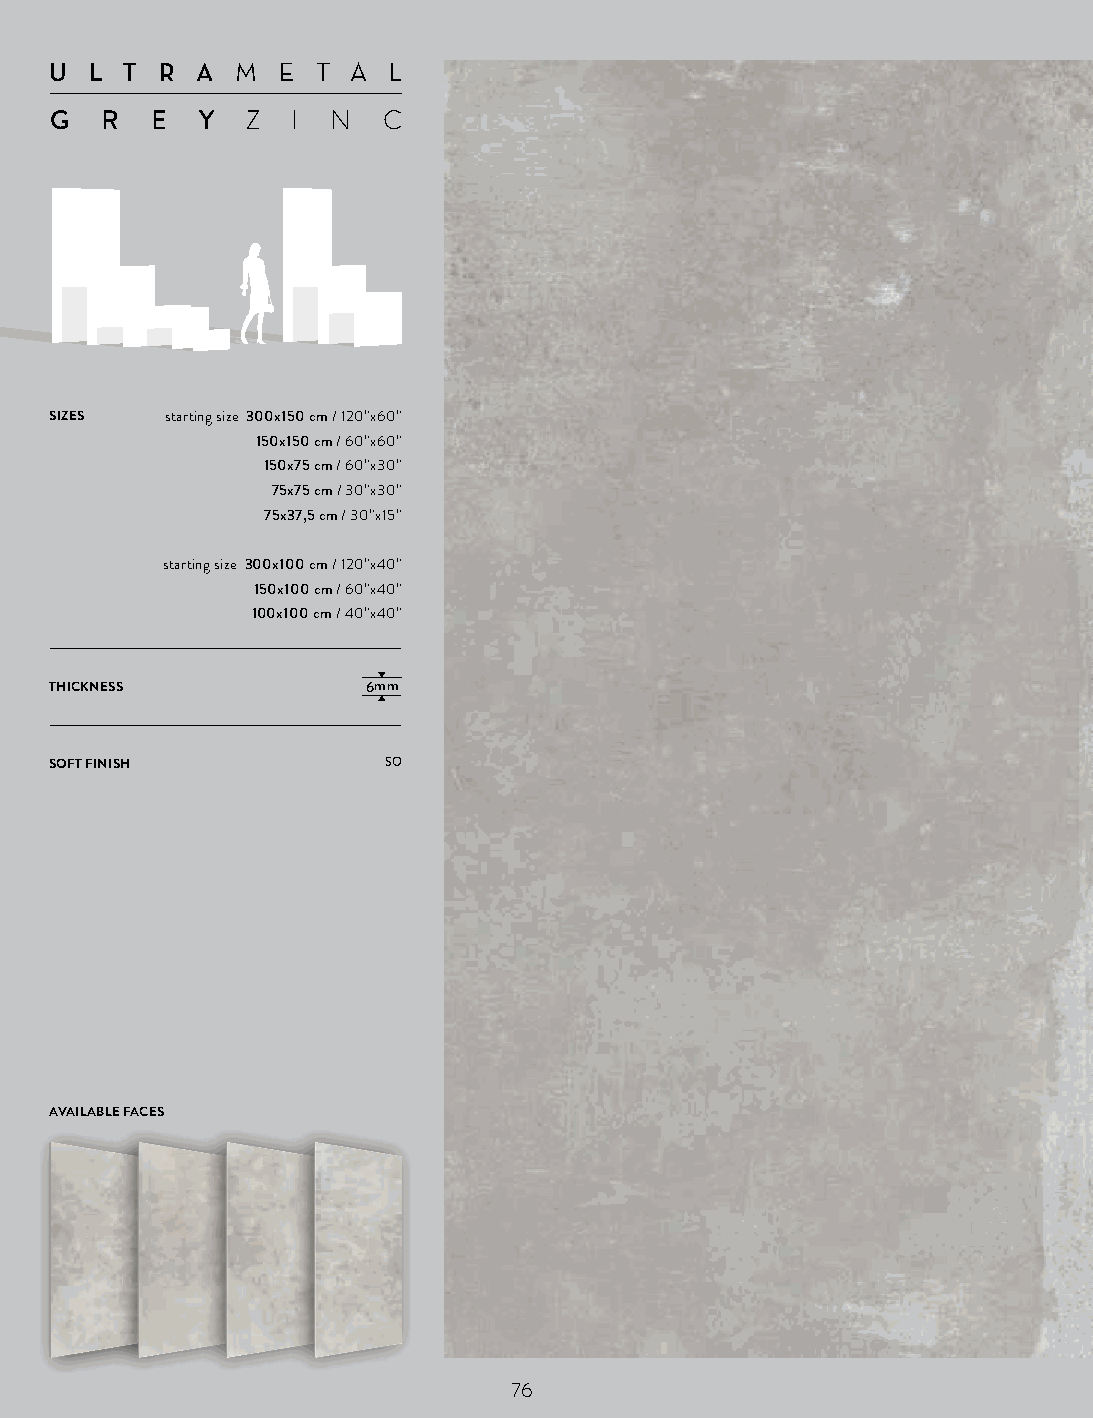
U  L T  R AM  E T  A L
 G   R  E  YZ  I  N  C
 SIZES   starting size 300x150 cm / 120”x60”
 150x150 cm / 60”x60”
 150x75 cm / 60”x30”
 75x75 cm / 30”x30”
 75x37,5 cm / 30”x15”
 starting size 300x100 cm / 120”x40”
 150x100 cm / 60”x40”
 100x100 cm / 40”x40”
 THICKNESS            6mm
 SOFT FINISH           SO
 AVAILABLE FACES
 76